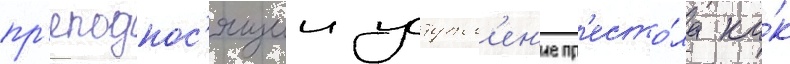
пр'еподнос'ящии уступл'ен'ие пр'есто́ла ка́к